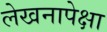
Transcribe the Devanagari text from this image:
लेखनापेक्षा